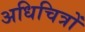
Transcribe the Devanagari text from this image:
अधिचित्रों